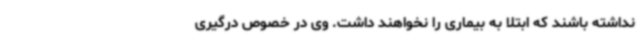
نداشته باشند که ابتلا به بیماری را نخواهند داشت. وی در خصوص درگیری